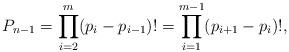
LaTeX: \begin{align*}P_{n-1} & = \prod_{i=2}^m (p_i-p_{i-1})!= \prod_{i=1}^{m-1} (p_{i+1}-p_i)!,\end{align*}